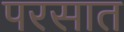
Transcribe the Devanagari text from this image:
परसात